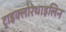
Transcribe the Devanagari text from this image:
ट्राइक्लोरेथाइलिन